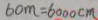
6 0 m = 6 0 0 0 c m